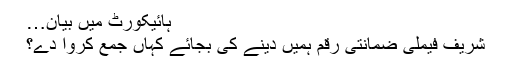
ہائیکورٹ میں بیان…
شریف فیملی ضمانتی رقم ہمیں دینے کی بجائے کہاں جمع کروا دے؟